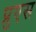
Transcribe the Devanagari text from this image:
प्रुएस